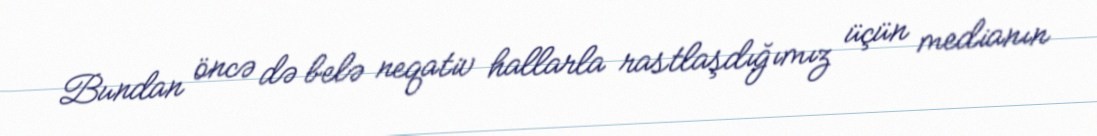
Bundan öncə də belə neqativ hallarla rastlaşdığımız üçün medianın